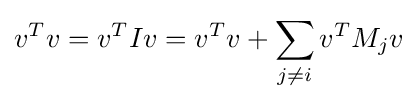
v^{T}v=v^{T}Iv=v^{T}v+\sum _{j\neq i}v^{T}M_{j}v